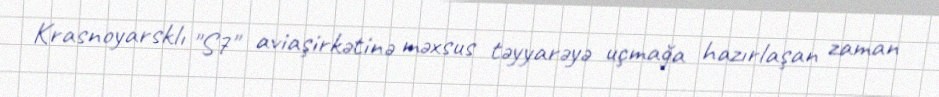
Krasnoyarsklı "S7" aviaşirkətinə məxsus təyyarəyə uçmağa hazırlaşan zaman